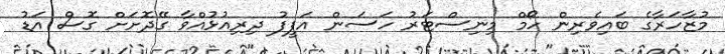
މުޒާހަރާގެ ބައިވެރިން ހޯމް މިނިސްޓަރު ހަސަން އަފީފު ދިރިއުޅުއްވާ ގޭދޮށަށް ގޮސް އަޑު